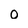
Character: 0